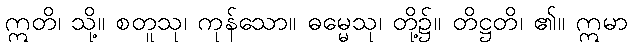
ဣတိ၊ သို့။ စတူသု၊ ကုန်သော။ ဓမ္မေသု၊ တို့၌။ တိဋ္ဌတိ၊ ၏။ ဣမာ